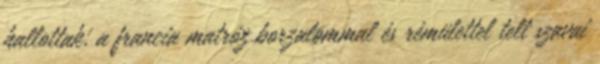
hallottak, a francia matróz borzalommal és rémülettel telt szavai